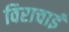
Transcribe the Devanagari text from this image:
विराचाई